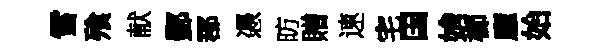
雪飱献酆郡慿昉贈速宅国姢櫛廱始